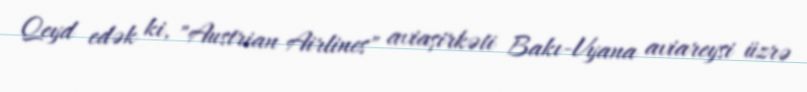
Qeyd edək ki, "Austrian Airlines" aviaşirkəti Bakı-Vyana aviareysi üzrə